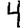
Digit: 4